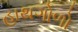
હાથગોળો